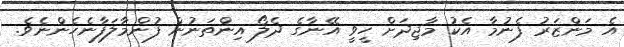
އެ މަންޒަރު ފެނުމާ އެކު މާޖިދަށް ހީވީ އޭނާގެ ދެލޯ އިންތަނުން ފުންމާލަފާނެހެންނެވެ.